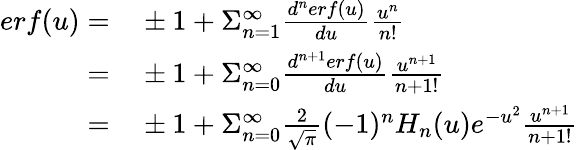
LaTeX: \begin{array}{rl}{erf(u)=}&{{}\pm 1+\Sigma_{n=1}^{\infty}\frac{d^{n}erf(u)}{du}\frac{u^{n}}{n!}}\\ {=}&{{}\pm 1+\Sigma_{n=0}^{\infty}\frac{d^{n+1}erf(u)}{du}\frac{u^{n+1}}{{n+1}!}}\\ {=}&{{}\pm 1+\Sigma_{n=0}^{\infty}\frac{2}{\sqrt{\pi}}(-1)^{n}H_{n}(u)e^{-u^{2}}\frac{u^{n+1}}{{n+1}!}}\end{array}